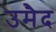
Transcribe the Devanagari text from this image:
उमैद